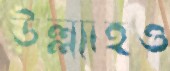
উল্ল্যাহও